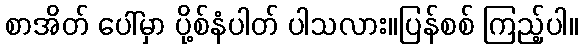
စာအိတ် ပေါ်မှာ ပို့စ်နံပါတ် ပါသလား။ပြန်စစ် ကြည့်ပါ။